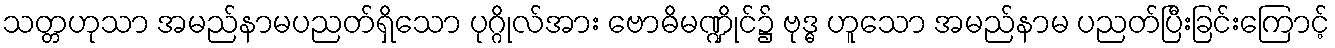
သတ္တဟုသာ အမည်နာမပညတ်ရှိသော ပုဂ္ဂိုလ်အား ဗောဓိမဏ္ဍိုင်၌ ဗုဒ္ဓ ဟူသော အမည်နာမ ပညတ်ပြီးခြင်းကြောင့်